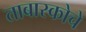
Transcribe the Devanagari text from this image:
ताबास्कोचे